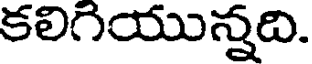
కలిగియున్నది.